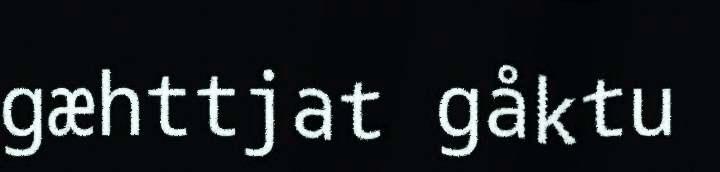
gæhttjat gåktu